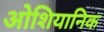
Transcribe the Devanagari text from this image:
ओशियानिक